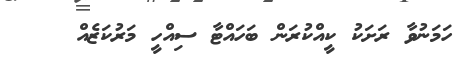
ހަމަނުވާ ރަށަކު ކީއްކުރަން ބަހައްޓާ ސިއްހީ މަރުކަޒެއް